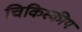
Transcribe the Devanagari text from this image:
चिकिस्कीय